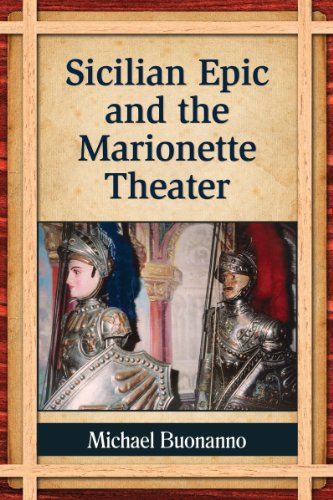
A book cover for Sicilian Epic and the Marionette Theater; Michael Buonanno; Crafts, Hobbies & Home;